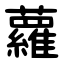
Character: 蘿